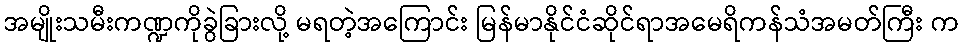
အမျိုးသမီးကဏ္ဍကိုခွဲခြားလို့ မရတဲ့အကြောင်း မြန်မာနိုင်ငံဆိုင်ရာအမေရိကန်သံအမတ်ကြီး က